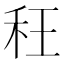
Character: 𮂴